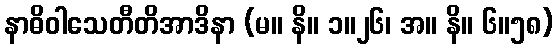
နာဓိဝါသေတီတိအာဒိနာ (မ။ နိ။ ၁။၂၆၊ အ။ နိ။ ၆။၅၈)